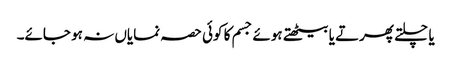
یا چلتے پھرتے یا بیٹھتے ہوئے جسم کا کوئی حصہ نمایاں نہ ہو جائے۔